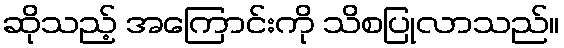
ဆိုသည့် အကြောင်းကို သိစပြုလာသည်။